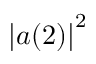
\left| a ( 2 ) \right| ^ { 2 }